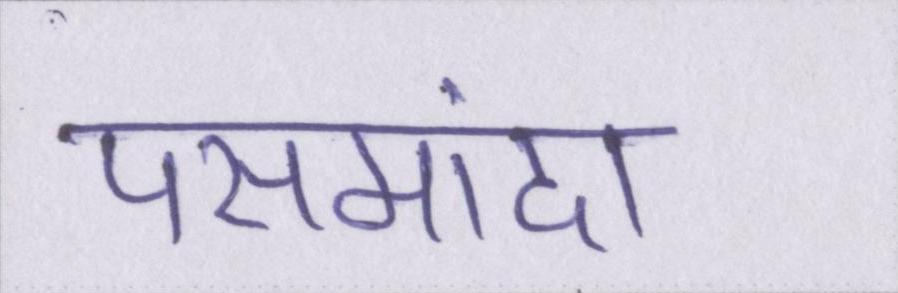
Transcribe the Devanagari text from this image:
पसमांदा